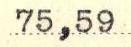
75,59